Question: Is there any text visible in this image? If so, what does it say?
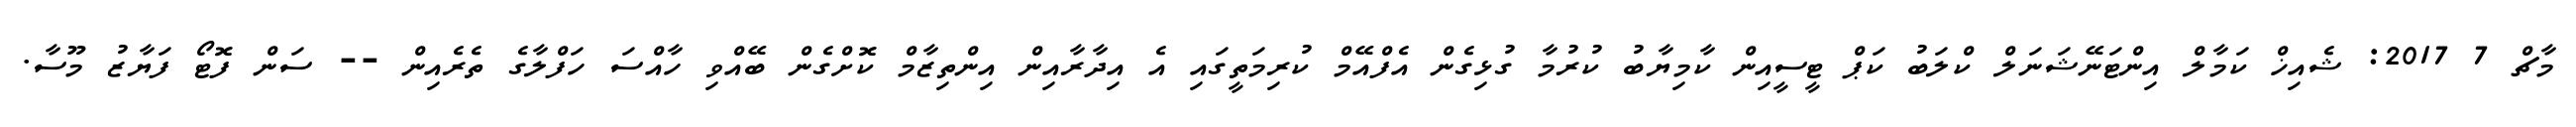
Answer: މާޗް 7 2017: ޝެއިޚް ކަމާލް އިންޓަނޭޝަނަލް ކްލަބު ކަޕް ޓީސީއިން ކާމިޔާބު ކުރުމާ ގުޅިގެން އެފްއޭމް ކުރިމަތީގައި އެ އިދާރާއިން އިންތިޒާމް ކޮށްގެން ބޭއްވި ހާއްސަ ހަފްލާގެ ތެރެއިން -- ސަން ފޮޓޯ ފަޔާޒު މޫސާ.